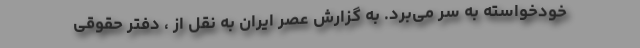
خودخواسته به سر می‌برد. به گزارش عصر ایران به نقل از ، دفتر حقوقی